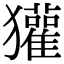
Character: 獾